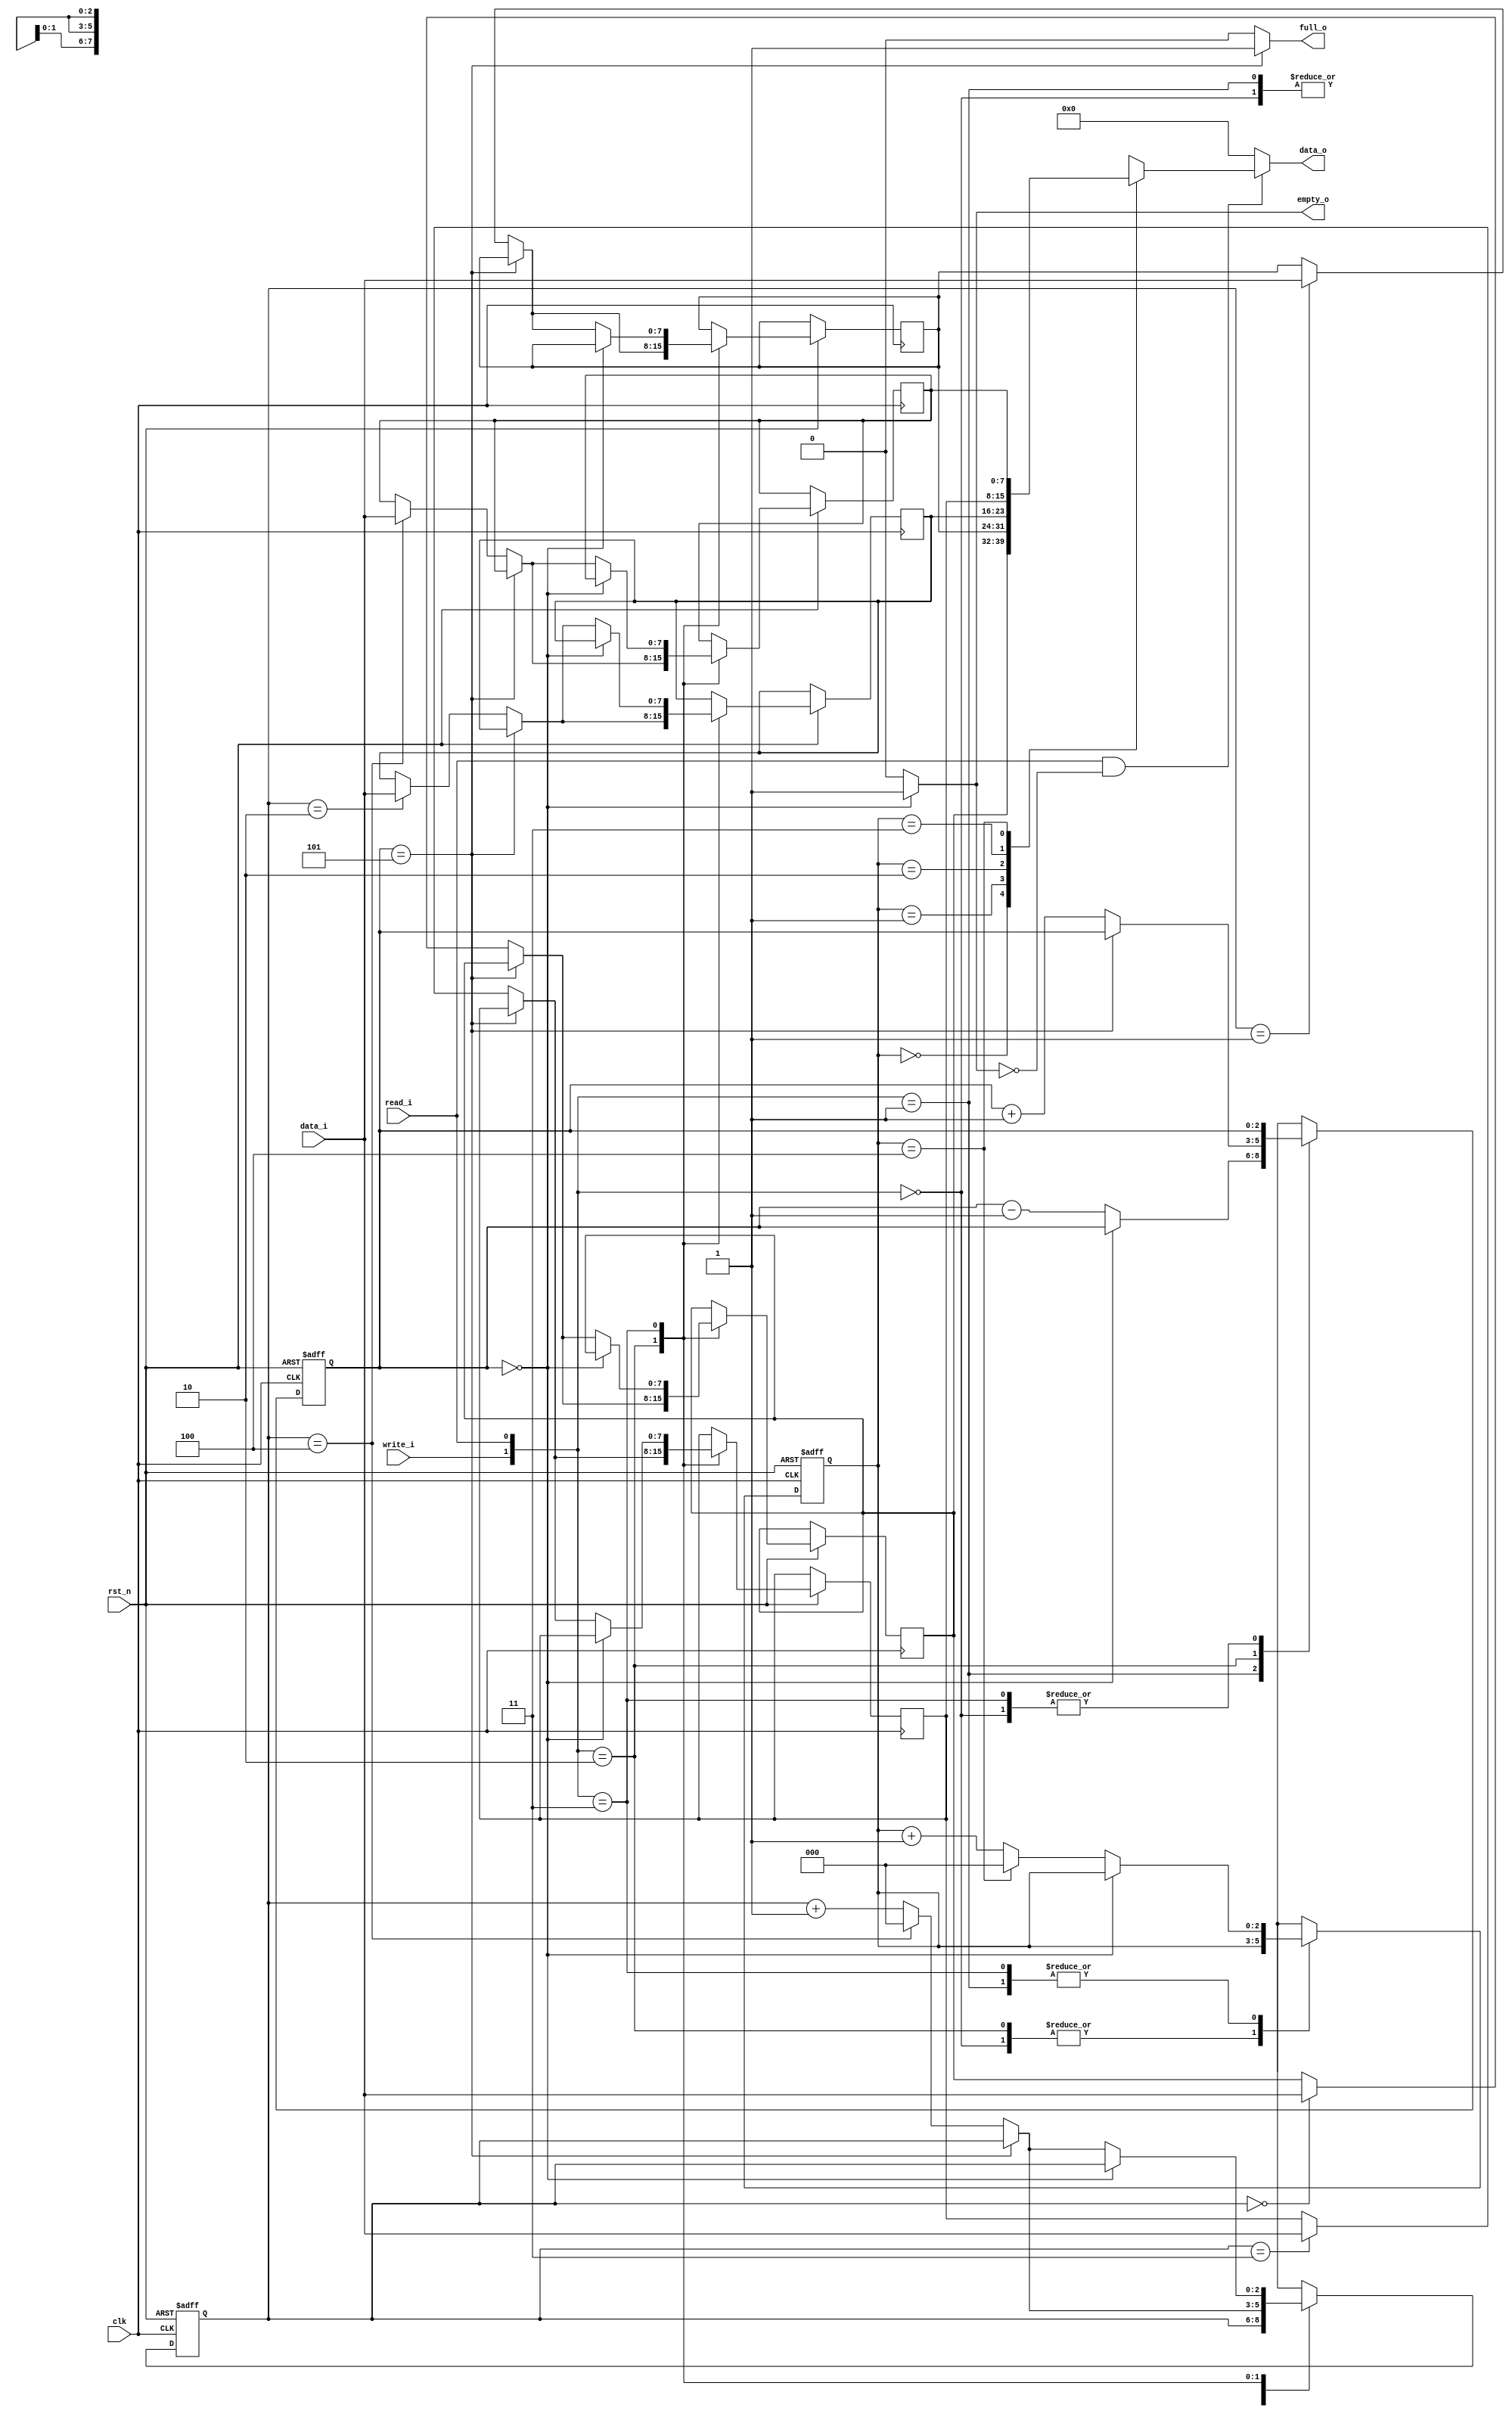
module fifo (data_i, write_i, read_i, full_o, empty_o, data_o, clk, rst_n);
parameter DWIDTH = 8, FDEPTH = 5;
//parameter CWIDTH = $clog2(FDEPTH);

input [DWIDTH-1:0] data_i;
input write_i, read_i;
output reg full_o, empty_o;
output [DWIDTH-1:0] data_o;
input clk, rst_n;


//reg full, empty;
reg [DWIDTH-1:0] mem [FDEPTH-1:0];

reg [3-1:0] counter;
reg [3-1:0] write_add, read_add;

assign data_o = (read_i && !empty_o) ? mem[read_add] : 8'd0;

// should consider the condition of (write_i && read_i), (write_i), (read_i) 
always@(*) begin
	if (counter == 0) empty_o = 1'b1;
	else empty_o = 0;
	
	if (counter == 3'd5) full_o = 1'b1;
	else full_o = 0;
end
always @(posedge clk or negedge rst_n) begin
	if (!rst_n) begin
		counter <= 0;
		read_add <= 0;
		write_add <= 0;
	end
	else begin
		case ({write_i,read_i})
			2'b00: begin	// IDLE
				counter <= counter;
				
				read_add <= read_add;
				write_add <= write_add;
			end
			2'b01: begin	// READ
				if (counter == 0) begin	// EMPTY, CAN'T READ
					counter <= counter;
					read_add <= read_add;
				end
				else begin
					counter <= counter - 1'b1;
					read_add <= (read_add == 3'd4) ? 3'd0 : read_add + 1'b1;
				end
				
				write_add <= write_add;
			end
			2'b10: begin	// WRITE
				if (counter == 3'd5) begin	// FULL, CAN'T WRITE
					counter <= counter;
					write_add <= write_add;
				end
				else begin
					mem[write_add] <= data_i;
					counter <= counter + 1'b1;
					write_add <= (write_add == 3'd4) ? 3'd0 : write_add + 1'b1;
				end
				
				read_add <= read_add;
			end
			2'b11: begin	// READ & WRITE
				if (counter == 0) begin // EMPTY, DONOTHING
					
					counter <= counter;
					read_add <= read_add;
					write_add <= write_add;
				end
				else if (counter == 3'd5) begin // FULL, CAN'T WRITE, ONLY READ
					counter <= counter;
					read_add <= (read_add == 3'd4) ? 3'd0 : read_add + 1'b1;
					write_add <= write_add;
				end
				else begin
					mem[write_add] <= data_i;
					counter <= counter;
					read_add <= (read_add == 3'd4) ? 3'd0 : read_add + 1'b1;
					write_add <= (write_add == 3'd4) ? 3'd0 : write_add + 1'b1;
				end
			end
		endcase
	end
end

endmodule